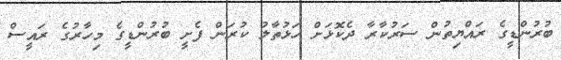
ބުރުންޑީގެ ރައްޔިތުން ސަރުކާރާ ދެކޮޅަށް ހަޅުތާލު ކުރަން ފެށީ ބުރުންޑީގެ މިހާރުގެ ރައީސް